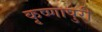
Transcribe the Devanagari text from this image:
कृष्णापुरी